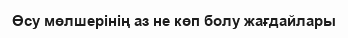
Өсу мөлшерінің аз не көп болу жағдайлары